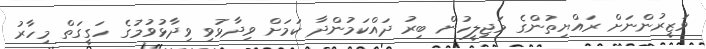
ވަޒީރުންނަށް ރައްޔިތުންގެ މަޖިލީހުން ބިރު ދައްކަމުންދާ ކަމަށް ވިދާޅުވި ވިދާޅުވުމުގެ ހަގީގަތް މިހާރު